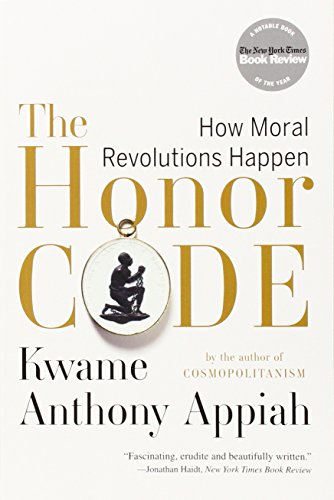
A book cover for The Honor Code: How Moral Revolutions Happen; Kwame Anthony Appiah; Politics & Social Sciences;